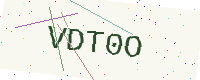
Text: VDT0O